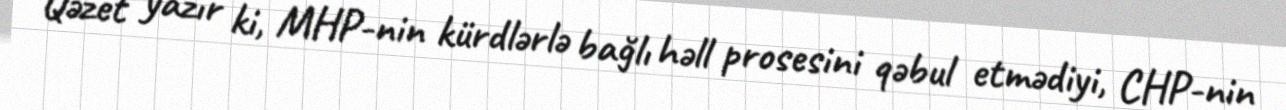
Qəzet yazır ki, MHP-nin kürdlərlə bağlı həll prosesini qəbul etmədiyi, CHP-nin